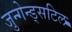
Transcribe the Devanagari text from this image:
जुन्गेन्ड्सटिल